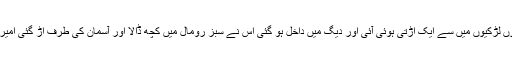
جرنیلوں نے اسے کمر تک تیل میں ڈال دیا اس کا یہ آدھا حصہ جل گیا اوپر بیٹھی ہوئی ساتوں لڑکیوں میں سے ایک اڑتی ہوئی آئی اور دیگ میں داخل ہو گئی اس نے سبز رومال میں کچھ ڈالا اور آسمان کی طرف اڑ گئی امیر نے جب یہ دیکھا تو دل میں کہنے لگا کہ یہ لڑکیاں تو حور عین ہیں بادشاہ کی بیٹیاں نہیں ۔